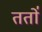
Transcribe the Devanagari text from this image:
ततो॑